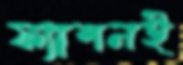
ফ্যাশনই